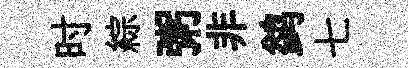
时綜粥非鹢七